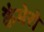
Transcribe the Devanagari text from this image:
कैमेरो